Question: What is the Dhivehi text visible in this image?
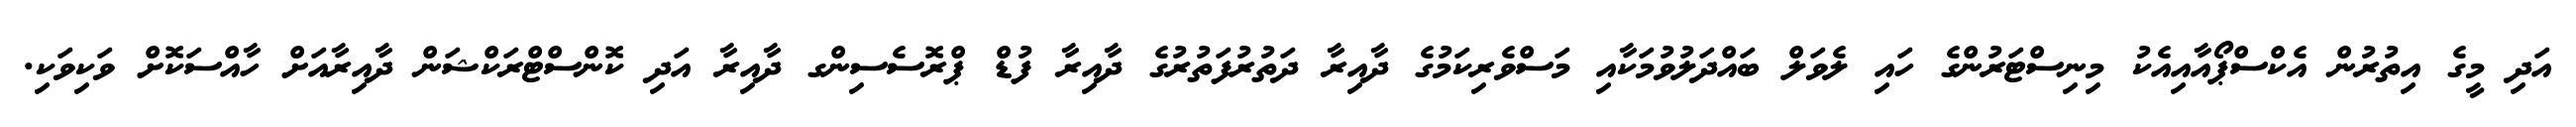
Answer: އަދި މީގެ އިތުރުން އެކްސްޕޯއާއިއެކު މިނިސްޓަރުންގެ ހައި ލެވަލް ބައްދަލުވުމަކާއި މަސްވެރިކަމުގެ ދާއިރާ ދަތުރުފަތުރުގެ ދާއިރާ ފުޑް ޕްރޮސެސިންގ ދާއިރާ އަދި ކޮންސްޓްރަކްޝަން ދާއިރާއަށް ހާއްސަކޮށް ވަކިވަކި.